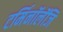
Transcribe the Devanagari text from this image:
टर्मिनॉलॅजि